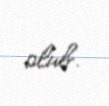
olub.